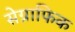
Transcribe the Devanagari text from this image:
सेग्राफिक